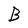
Character: B